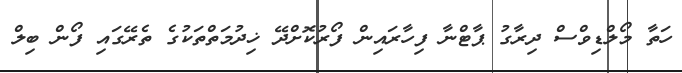
ހަތާ މޯލްޑިވްސް ދިރާގު ޕާޓްނާ ފިހާރައިން ފޯރުކޮށްދޭ ޚިދުމަތްތަކުގެ ތެރޭގައި ފޯން ބިލް